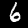
Digit: 6